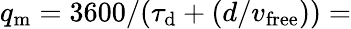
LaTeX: q_{\mathrm{m}}=3600/(\tau_{\mathrm{d}}+(d/v_{\mathrm{free}}))=